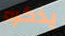
يذكره